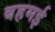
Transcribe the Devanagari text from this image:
बहमई